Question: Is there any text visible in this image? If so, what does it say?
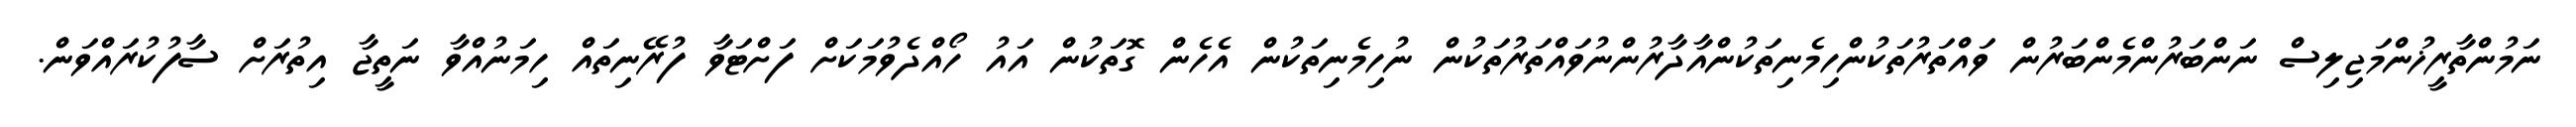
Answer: ނަމުންތާރީޚުންމަޖިލިސް ނަންބަރުންމެންބަރުން ވައްތަރުތަކުންހިމެނިތަކުންއާދާރުންނުވައްތަރުތަކުން ނުހިމެނިތަކުން އެހެން ގޮތަކުން އައު ހޯއްދެވުމަކަށް ފަށްޓަވާ ފުރޭނިތައް ހިމަނުއްވާ ނަތީޖާ އިތުރަށް ސާފުކުރައްވަން.